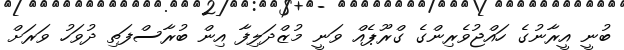
ބުނީ އީރާނުގެ ހައްޖުވެރިންގެ ގްރޫޕެއް ވަނީ މުޒްދަލިފާ އިން ބުރާސްފަތި ދުވަހު ވަރަށް